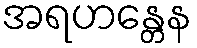
အရဟန္တေန